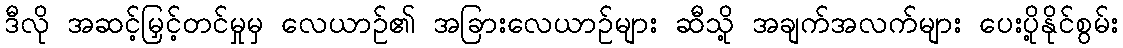
ဒီလို အဆင့်မြှင့်တင်မှုမှ လေယာဉ်၏ အခြားလေယာဉ်များ ဆီသို့ အချက်အလက်များ ပေးပို့နိုင်စွမ်း